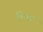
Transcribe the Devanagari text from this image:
क्रिचर